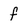
Character: f